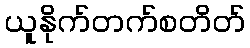
ယူနိုက်တက်စတိတ်